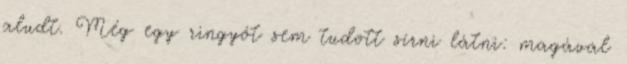
aludt. Még egy ringyót sem tudott sírni látni: magával